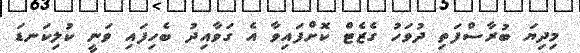
މިދިޔަ ބުރާސްފަތި ދުވަހު ގެޒެޓް ކޮށްފައިވާ އެ ގަވާއިދު ބެހިފައި ވަނީ ކުލިކަނޑަ